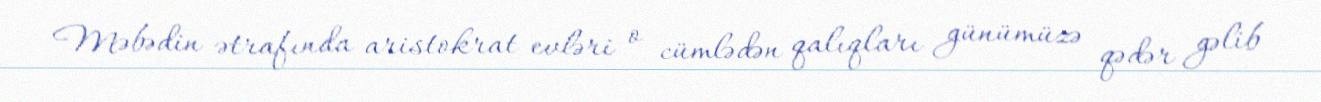
Məbədin ətrafında aristokrat evləri o cümlədən qalıqları günümüzə qədər gəlib